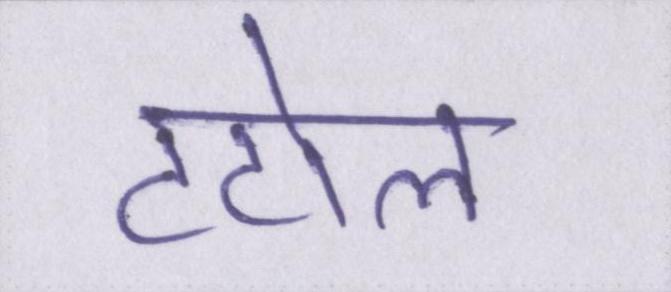
टटोल